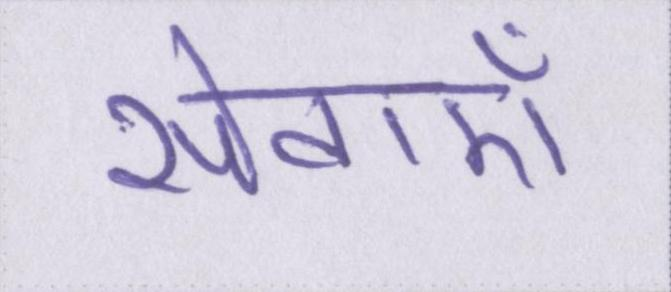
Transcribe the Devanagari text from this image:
सेवाऍं